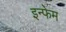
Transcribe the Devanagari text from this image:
इन्फेम